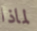
لماذا